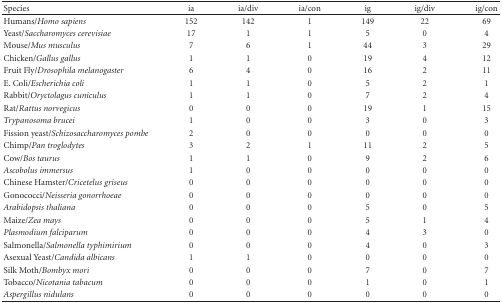
| Species | ia | ia/div | ia/con | ig | ig/div | ig/con |
 | --- | --- | --- | --- | --- | --- | --- |
 | Humans/Homo sapiens | 152 | 142 | 1 | 149 | 22 | 69 |
 | Yeast/Saccharomyces cerevisiae | 17 | 1 | 1 | 5 | 0 | 4 |
 | Mouse/Mus musculus | 7 | 6 | 1 | 44 | 3 | 29 |
 | Chicken/Gallus gallus | 1 | 1 | 0 | 19 | 4 | 12 |
 | Fruit Fly/Drosophila melanogaster | 6 | 4 | 0 | 16 | 2 | 11 |
 | E. Coli/Escherichia coli | 1 | 1 | 0 | 5 | 2 | 1 |
 | Rabbit/Oryctolagus cuniculus | 1 | 1 | 0 | 7 | 2 | 4 |
 | Rat/Rattus norvegicus | 0 | 0 | 0 | 19 | 1 | 15 |
 | Trypanosoma brucei | 1 | 0 | 0 | 3 | 0 | 3 |
 | Fission yeast/Schizosaccharomyces pombe | 2 | 0 | 0 | 0 | 0 | 0 |
 | Chimp/Pan troglodytes | 3 | 2 | 1 | 11 | 2 | 5 |
 | Cow/Bos taurus | 1 | 1 | 0 | 9 | 2 | 6 |
 | Ascobolus immersus | 1 | 0 | 0 | 0 | 0 | 0 |
 | Chinese Hamster/Cricetelus griseus | 0 | 0 | 0 | 0 | 0 | 0 |
 | Gonococci/Neisseria gonorrhoeae | 0 | 0 | 0 | 0 | 0 | 0 |
 | Arabidopsis thaliana | 0 | 0 | 0 | 5 | 0 | 5 |
 | Maize/Zea mays | 0 | 0 | 0 | 5 | 1 | 4 |
 | Plasmodium falciparum | 0 | 0 | 0 | 4 | 3 | 0 |
 | Salmonella/Salmonella typhimirium | 0 | 0 | 0 | 4 | 0 | 3 |
 | Asexual Yeast/Candida albicans | 1 | 1 | 0 | 0 | 0 | 0 |
 | Silk Moth/Bombyx mori | 0 | 0 | 0 | 7 | 0 | 7 |
 | Tobacco/Nicotania tabacum | 0 | 0 | 0 | 1 | 0 | 1 |
 | Aspergillus nidulans | 0 | 0 | 0 | 0 | 0 | 0 |